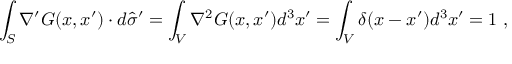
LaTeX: \int _ { S } \nabla ^ { \prime } G ( x , x ^ { \prime } ) \cdot d { \widehat { \sigma } } ^ { \prime } = \int _ { V } \nabla ^ { 2 } G ( x , x ^ { \prime } ) d ^ { 3 } x ^ { \prime } = \int _ { V } \delta ( x - x ^ { \prime } ) d ^ { 3 } x ^ { \prime } = 1 ~ ,